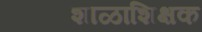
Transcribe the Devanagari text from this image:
शाळाशिक्षक